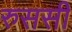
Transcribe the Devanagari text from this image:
रुससी